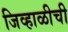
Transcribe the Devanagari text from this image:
जिव्हाळीची